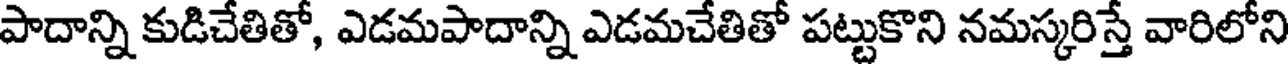
పాదాన్ని కుడిచేతితో, ఎడమపాదాన్ని ఎడమచేతితో పట్టుకొని నమస్కరిస్తే వారిలోని